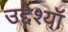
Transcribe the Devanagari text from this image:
उद्देश्यॉ